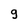
Character: g